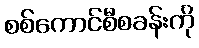
စစ်ကောင်စီစခန်းကို